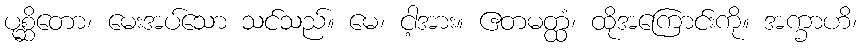
ပုစ္ဆိတော၊ မေးအပ်သော သင်သည်။ မေ၊ ငါ့အား။ ဧတမတ္ထံ၊ ထိုအကြောင်းကို။ အက္ခာဟိ၊